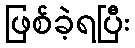
ဖြစ်ခဲ့ရပြီး